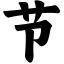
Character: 节